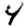
Digit: 4